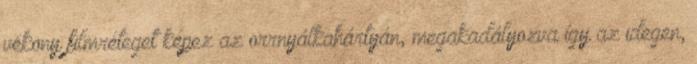
vékony filmréteget képez az orrnyálkahártyán, megakadályozva így az idegen,